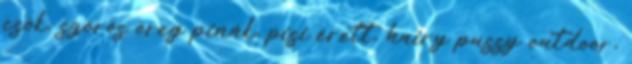
csók, szörös öreg pinák, pisi érett, hairy pussy outdoor,